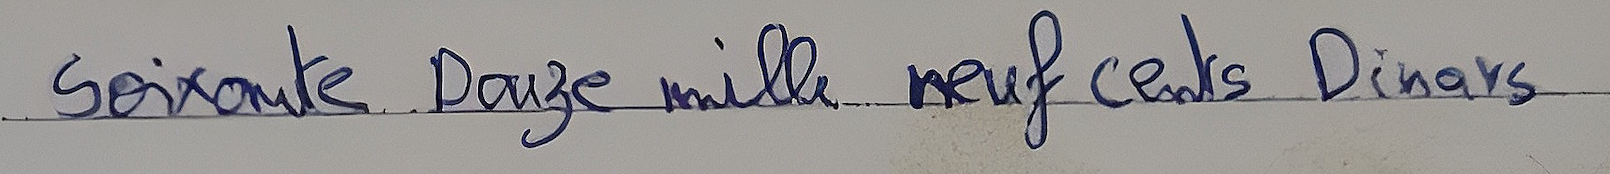
Soixante Douze mille neuf cents Dinars